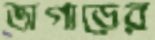
ভাগাড়ের